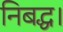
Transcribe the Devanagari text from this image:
निबद्ध।